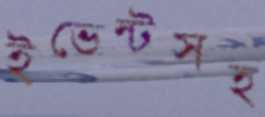
ইভেন্টসহ